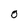
Character: o